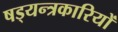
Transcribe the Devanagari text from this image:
षड्‍यन्त्रकारियों